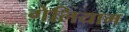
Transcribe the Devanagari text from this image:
गेलियाम